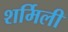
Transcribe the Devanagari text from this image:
शर्मिली